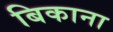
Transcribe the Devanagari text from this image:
बिकाना